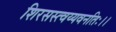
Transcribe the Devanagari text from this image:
शिरसस्त्वय्यवनतिः।।